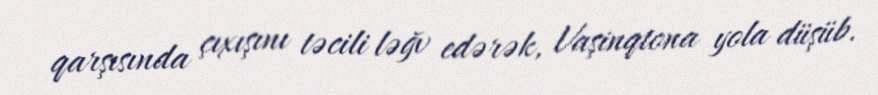
qarşısında çıxışını təcili ləğv edərək, Vaşinqtona yola düşüb.